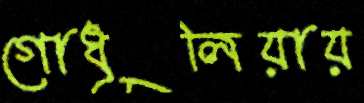
গোধূলিয়ায়